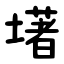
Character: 墸